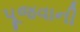
પૂજવાની